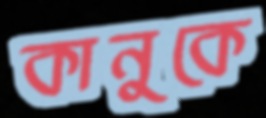
কানুকে